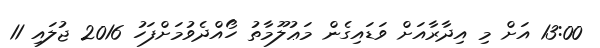
13:00 އަށް މި އިދާރާއަށް ވަޑައިގެން މަޢުލޫމާތު ހޯއްދެވުމަށްފަހު 2016 ޖުލައި 11